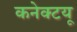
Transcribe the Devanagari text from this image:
कनेक्टयू